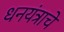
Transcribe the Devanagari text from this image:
धनयंत्राचे